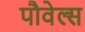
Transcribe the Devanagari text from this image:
पौवेल्स